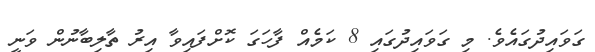
ގަވައިދުގައެވެ. މި ގަވައިދުގައި 8 ކަމެއް ފާހަގަ ކޮށްފައިވާ އިރު ތާލިބާނުން ވަނީ